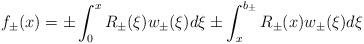
LaTeX: \begin{align*}f_\pm(x)=\pm \int_0^{x}R_\pm(\xi)w_\pm(\xi)d\xi \pm \int_x^{b_\pm}R_\pm(x)w_\pm(\xi)d\xi\end{align*}